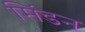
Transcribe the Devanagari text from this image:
मिंडन